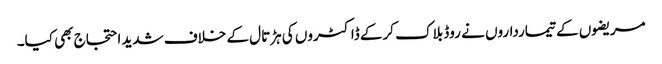
مریضوں کے تیمارداروں نے روڈ بلاک کرکے ڈاکٹروں کی ہڑتال کے خلاف شدید احتجاج بھی کیا۔